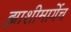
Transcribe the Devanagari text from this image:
झाशीमार्गेच